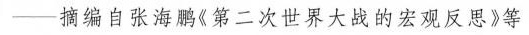
—摘编自张海鹏《第二次世界大战的宏观反思》等